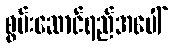
စွမ်းဆောင်ရည်အပေါ်